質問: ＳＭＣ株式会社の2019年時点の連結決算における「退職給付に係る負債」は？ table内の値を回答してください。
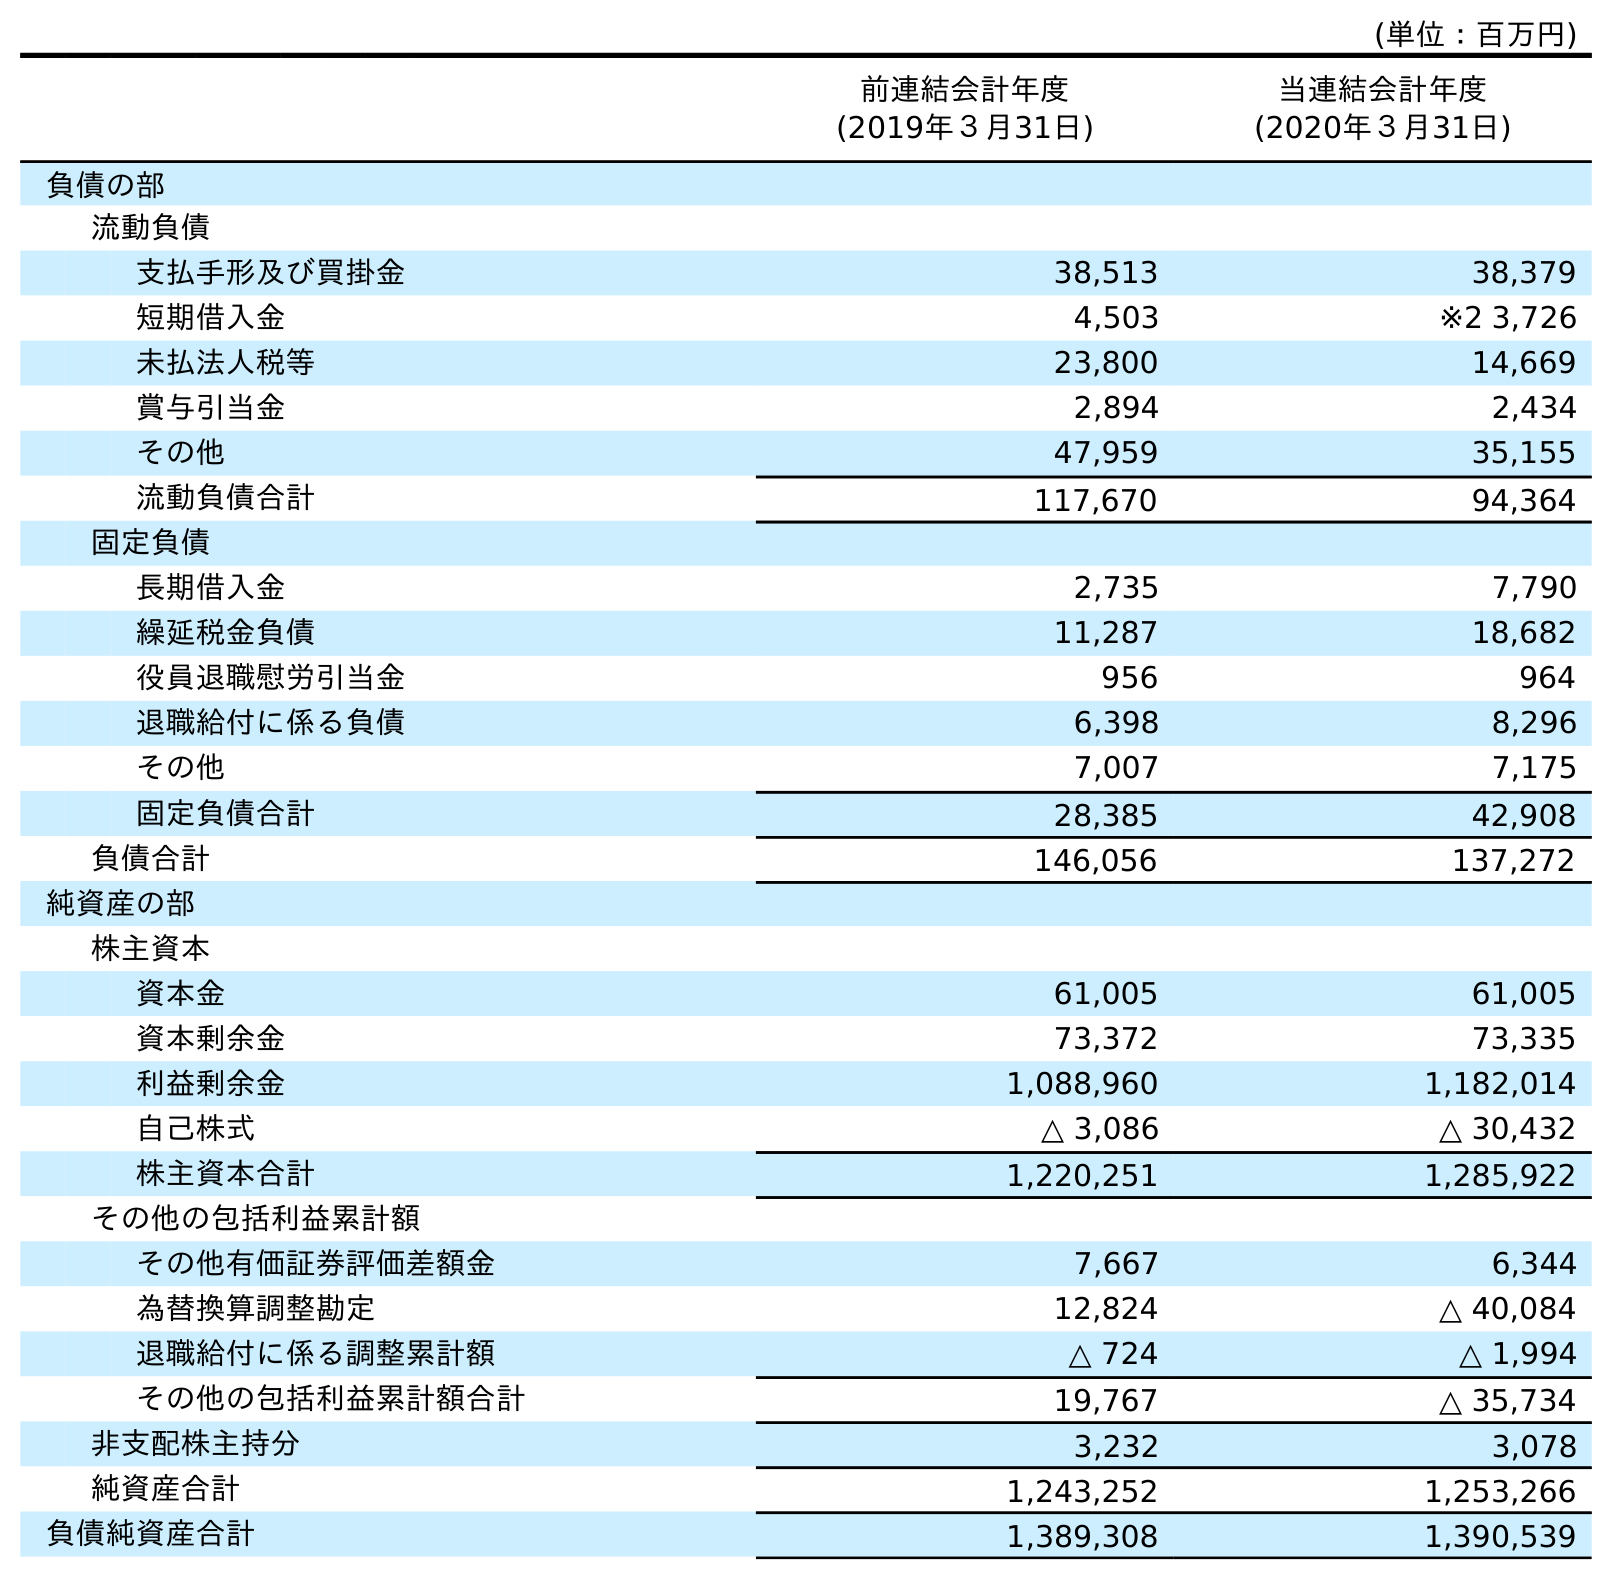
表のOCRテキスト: (単位：百万円) 前連結会計年度 (2019年３月31日) 当連結会計年度 (2020年３月31日) 負債の部 流動負債 支払手形及び買掛金 38,513 38,379 短期借入金 4,503 ※2 3,726 未払法人税等 23,800 14,669 賞与引当金 2,894 2,434 その他 47,959 35,155 流動負債合計 117,670 94,364 固定負債 長期借入金 2,735 7,790 繰延税金負債 11,287 18,682 役員退職慰労引当金 956 964 退職給付に係る負債 6,398 8,296 その他 7,007 7,175 固定負債合計 28,385 42,908 負債合計 146,056 137,272 純資産の部 株主資本 資本金 61,005 61,005 資本剰余金 73,372 73,335 利益剰余金 1,088,960 1,182,014 自己株式 △ 3,086 △ 30,432 株主資本合計 1,220,251 1,285,922 その他の包括利益累計額 その他有価証券評価差額金 7,667 6,344 為替換算調整勘定 12,824 △ 40,084 退職給付に係る調整累計額 △ 724 △ 1,994 その他の包括利益累計額合計 19,767 △ 35,734 非支配株主持分 3,232 3,078 純資産合計 1,243,252 1,253,266 負債純資産合計 1,389,308 1,390,539
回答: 6,398